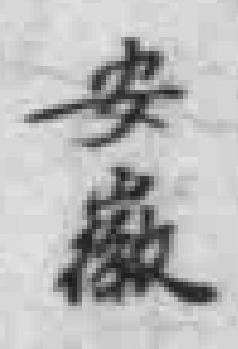
安徽